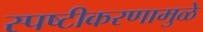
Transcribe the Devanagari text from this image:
स्पष्टीकरणामुळे